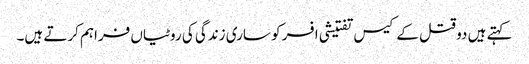
کہتے ہیں دو قتل کے کیس تفتیشی افسر کو ساری زندگی کی روٹیاں فراہم کرتے ہیں۔